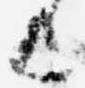
上